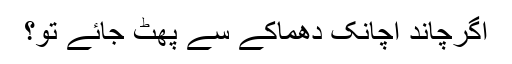
اگرچاند اچانک دھماکے سے پھٹ جائے تو؟